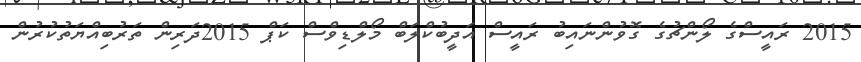
2015 ރައީސްގެ ލޯންޗުގެ ގޮވުންނައިބު ރައީސް އަދީބުކްލަބް މޯލްޑިވްސް ކަޕް 2015ދަރިން ތަރުބިއްޔަތުކުރުން